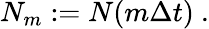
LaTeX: \begin{array}{r}{N_{m}:=N(m\Delta t)\ .}\end{array}